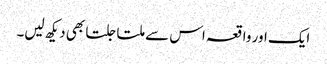
ایک اور واقعہ اس سے ملتا جلتا بھی دیکھ لیں۔